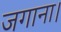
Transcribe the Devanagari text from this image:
जगाना।